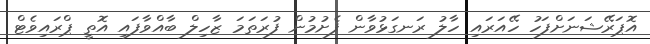
އޮޕަރޭޝަނަށްފަހު ހޭއަރައި ހާލު ރަނގަޅުވާން ފެށުމުން ފުރަތަމަ ޒާހިލް ބާއްވާފައި އޮތީ ޕްރައިވެޓް